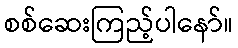
စစ်ဆေးကြည့်ပါနော်။